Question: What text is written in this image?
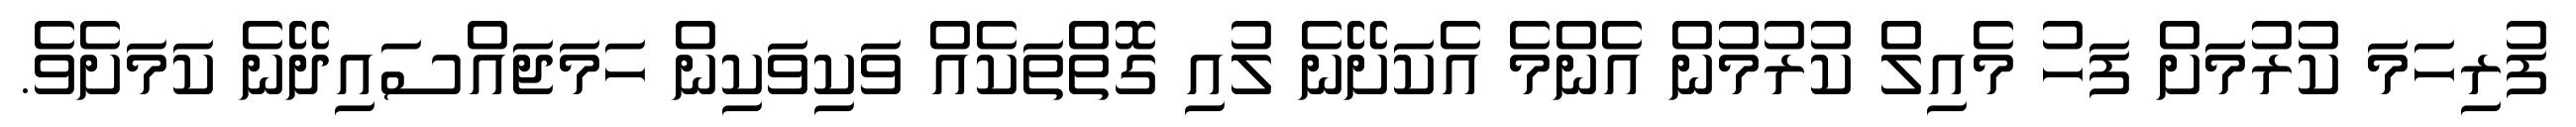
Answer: ފުރިހަމަ ކުރުމަށް ފަހު މެއިލް ކުރުމުން އެންމެ އެކަށޭނެ ލުއި ގޮތްތަކެއް ވަކިވަކިން ހަމަޖައްސައިދޭނެ ކަމަށެވެ.